Scientific memoirs by medical officers of the Army of India - Part VII,
Year: 1892
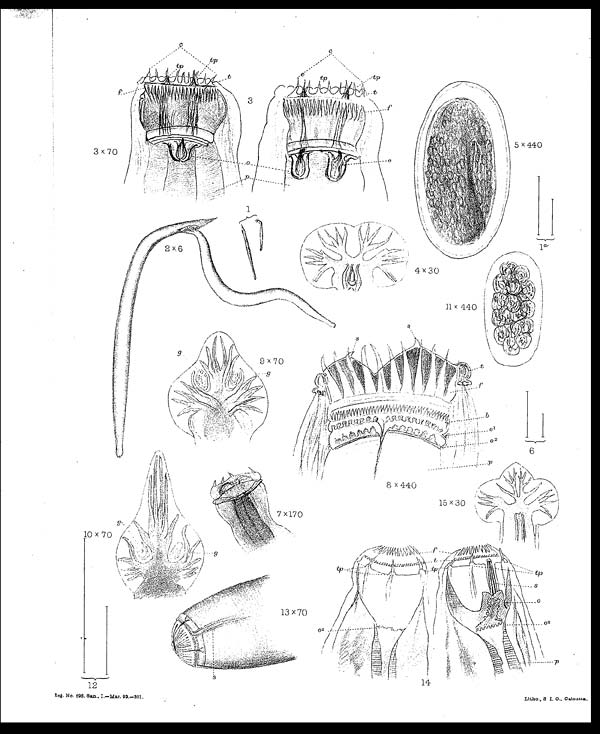
Rag. No. 698. San., I.–Mar. 92–301.
Litho., S I. 0., Calcutta.